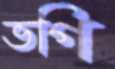
ভগি